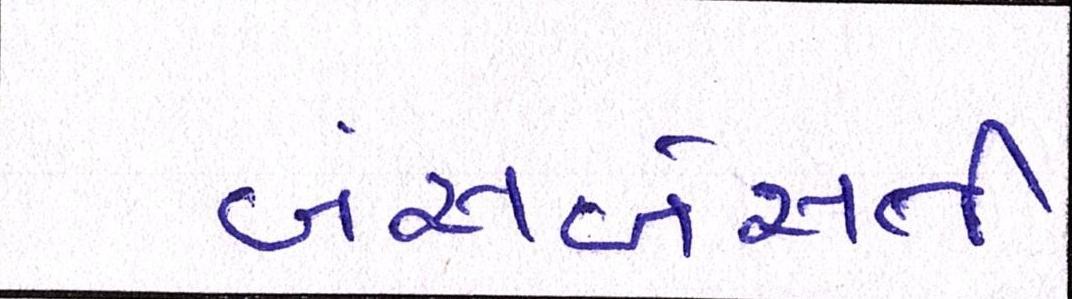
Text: બંસબેસતી